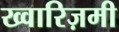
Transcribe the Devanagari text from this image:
ख्वारिज़मी